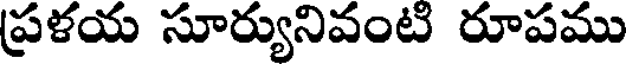
ప్రళయ సూర్యునివంటి రూపము